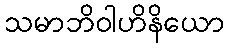
သမာဘိဝါဟိနိယော